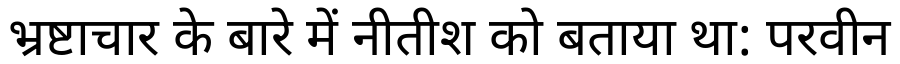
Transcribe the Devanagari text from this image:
भ्रष्टाचार के बारे में नीतीश को बताया था: परवीन